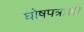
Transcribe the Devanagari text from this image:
घोषपत्राशी